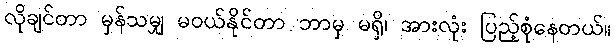
လိုချင်တာ မှန်သမျှ မဝယ်နိုင်တာ ဘာမှ မရှိ၊ အားလုံး ပြည့်စုံနေတယ်။